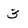
Character: 3